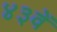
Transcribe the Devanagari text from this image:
४३वें